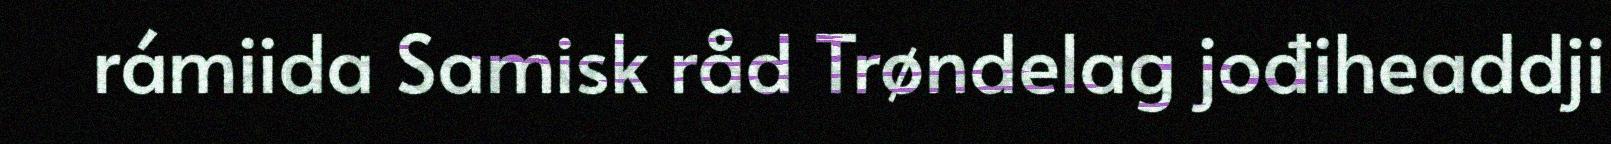
rámiida Samisk råd Trøndelag jođiheaddji